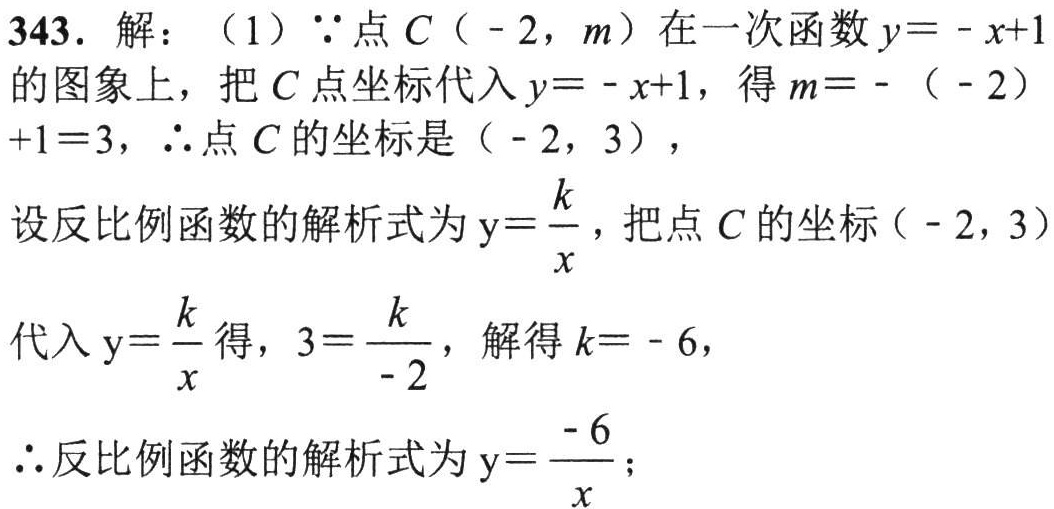
343. 解：（1）\(\because\)点\(C（ - 2，m）\)在一次函数\(y = - x + 1\)的图象上，把\(C\)点坐标代入\(y = - x + 1\)，得\(m = - （ - 2）+1 = 3\)，\(\therefore\)点\(C\)的坐标是（\(- 2\)，\(3\)），
设反比例函数的解析式为\(y=\frac{k}{x}\)，把点\(C\)的坐标（\(- 2\)，\(3\)）代入\(y=\frac{k}{x}\)得，\(3=\frac{k}{ - 2}\)，解得\(k = - 6\)，
\(\therefore\)反比例函数的解析式为\(y=\frac{- 6}{x}\)；